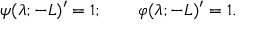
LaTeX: \psi ( \lambda ; - L ) ^ { \prime } = 1 ; \qquad \varphi ( \lambda ; - L ) ^ { \prime } = 1 .